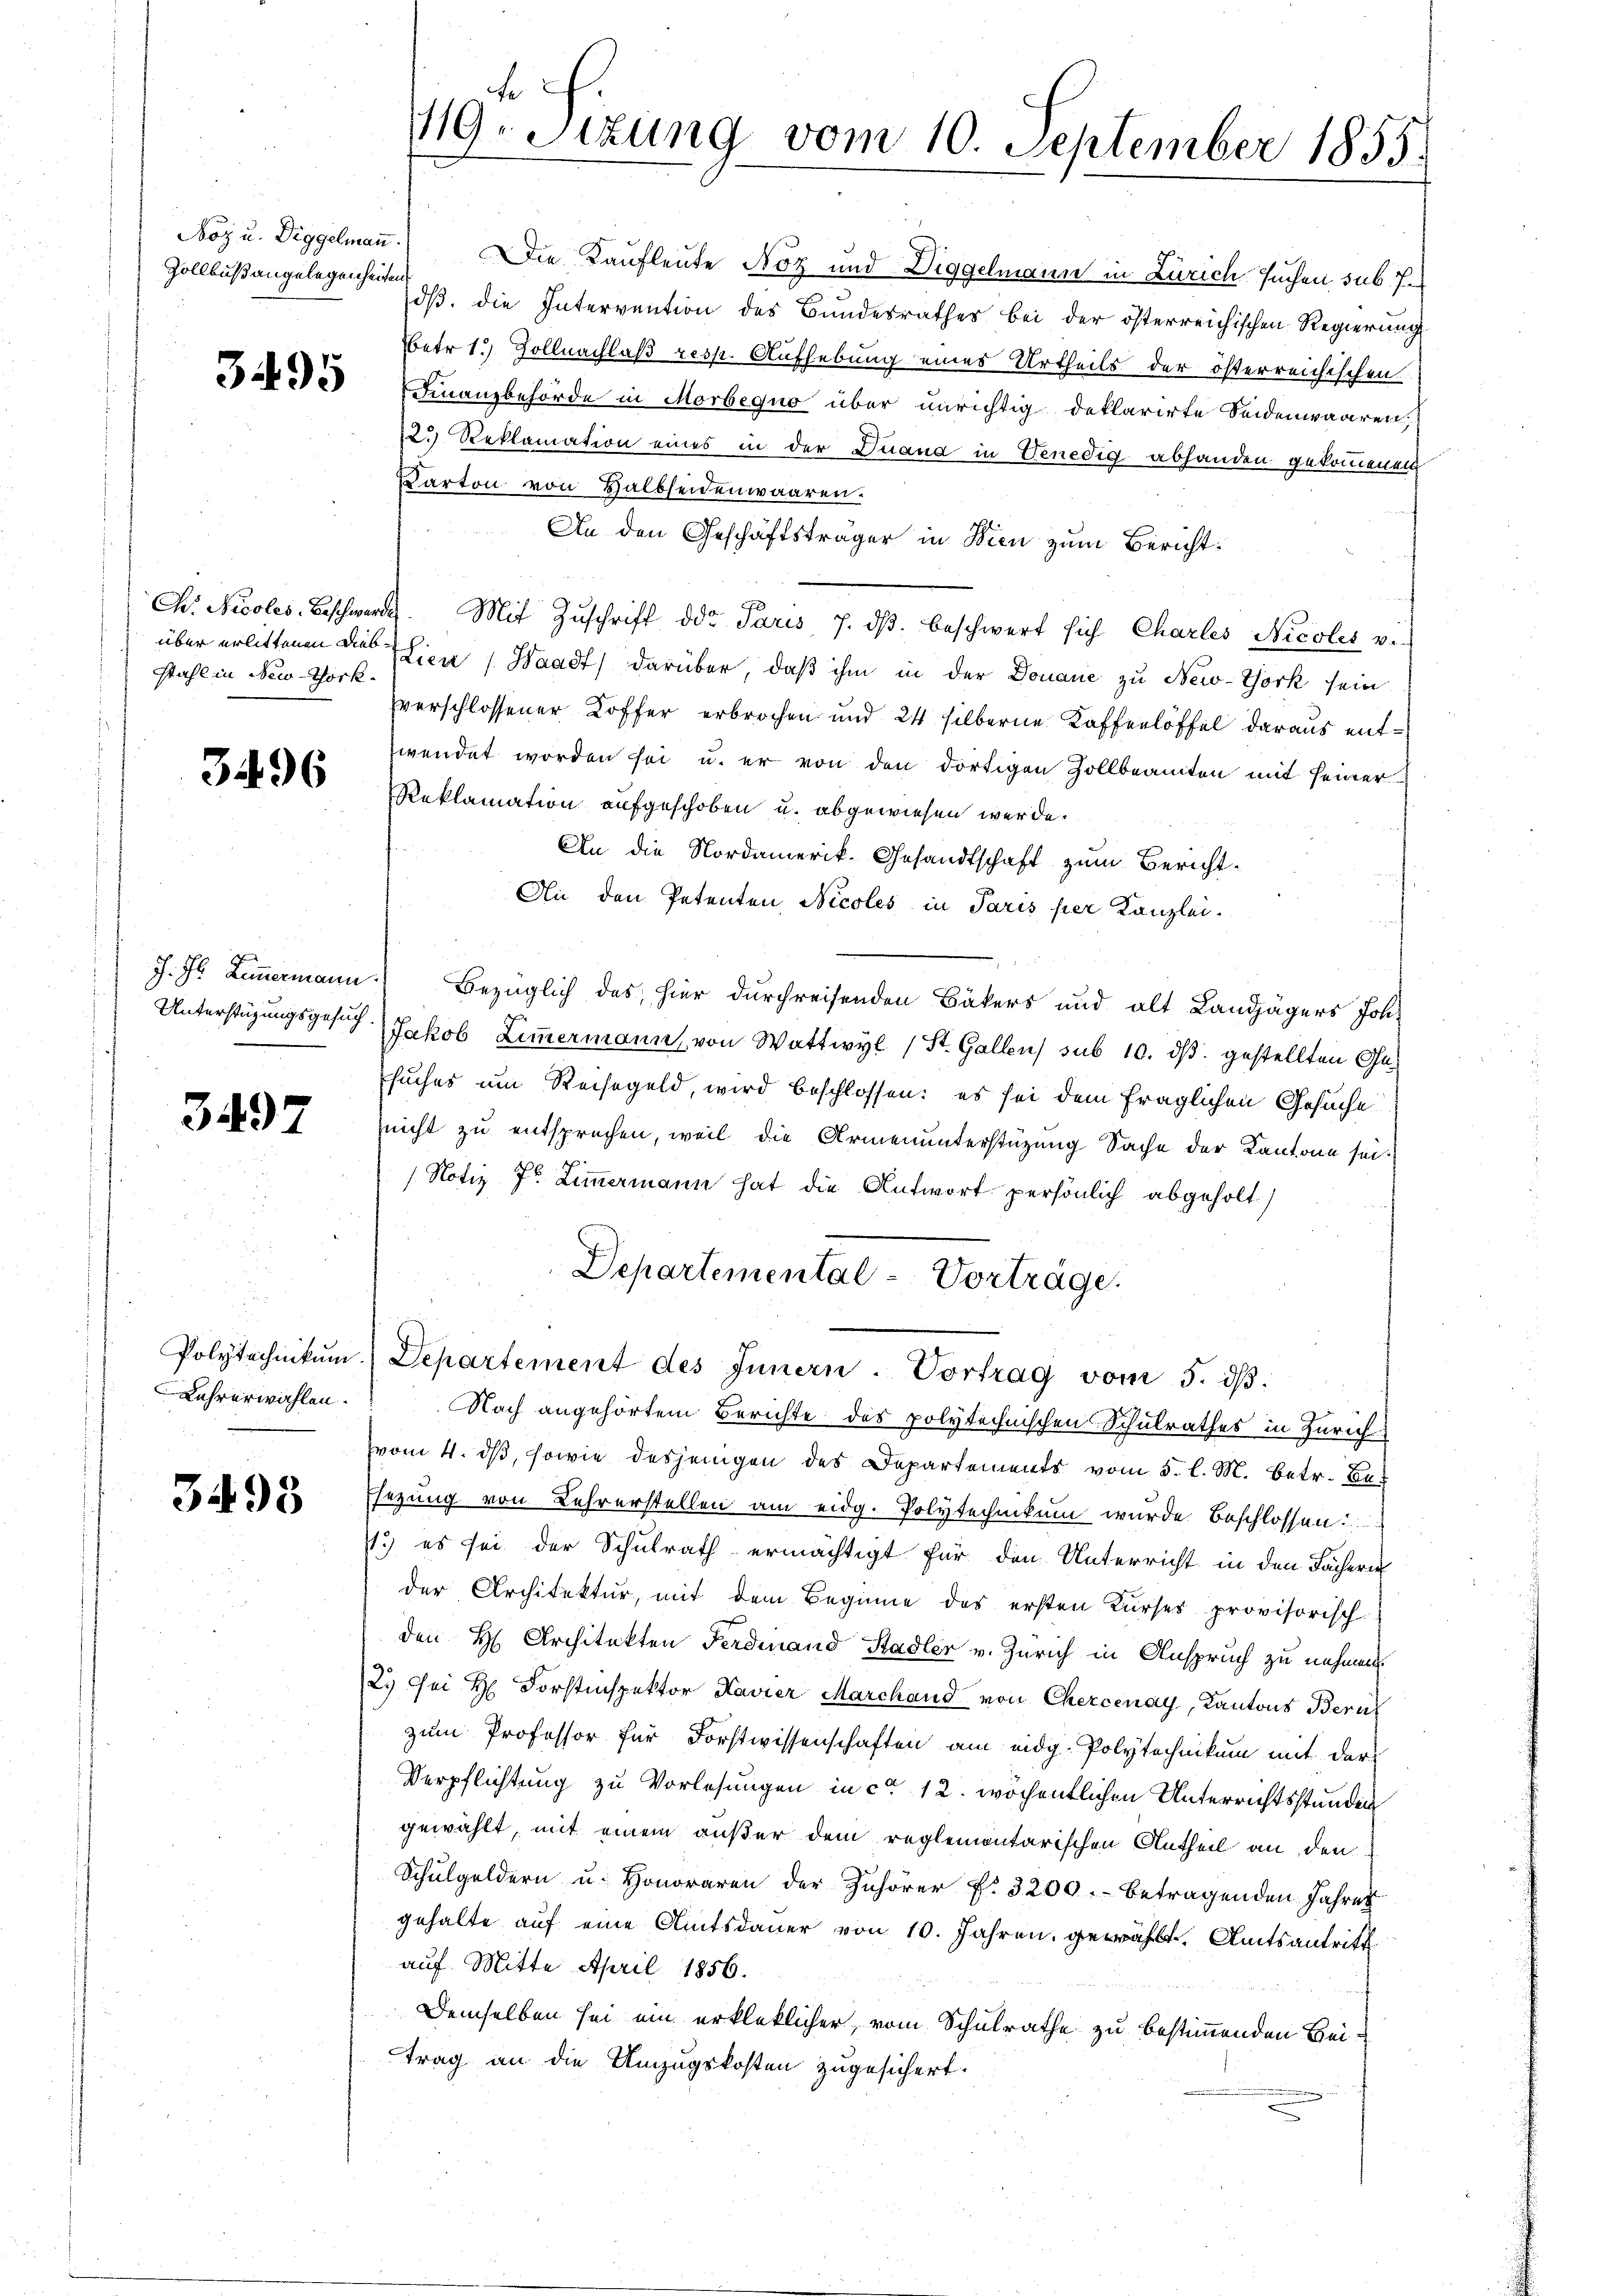
Zollbuß angelegenheiten.

3495

über erlittenen Diebstahl in New-York

3496

3497

Lehrerwählen.

3495

19ten Sizung vom 10. September 1855.

Noz u. Diggelmann.) Die Kaufleute Noz und Diggelmann in Zürich suchen sub. J.
dß. die Intervention des Bundesrathes bei der österreichischen Regierung
betr 1.) Sollnachlaß resp. Aufhebung eines Urtheils der österreichischen
Finanzbehörde in Morbequo über unrichtig deklarirte Seidenwaaren,
12. Reklamation eines in der Diana in Venedig abhanden gekommenen
Karton von Halbseidenwaaren.
An den Geschäftsträger in Wien zum Bericht:
Ch. Nicoles-Beschwerde. Mit Zŭschrift der Paris 7. dβ beschwert sich Charles Nicoles vi-
LLien (Waadt) darüber, daß ihm in der Donaue zu New-York sein
verschlossener Koffer erbrochen und 24 silberne Kaffeelöffel daraus entwendet worden sei u. er von den dortigen Zollbeamten mit seiner
Reklamation aufgeschoben u. abgewiesen werde.
An die Nordamerik- Gesandtschaft zum Bericht-
An den Petenten Nicoles in Paris per Kanzlei.
J. J. Lemmermann. Bezüglich des hier durchreisenden Bäkers und alt Landjägers Joh.
Unterstüzungsgesuch Jakob Zimmermann von Wattwyl (St. Gallen sub 10. ds. gestellten Gesuches um Reisegeld, wird beschlossen: es sei dem fraglichen Gesuche
nicht zu entsprechen, weil die Armenunterstützung Sache der Kantone sei.
(Notiz 7r Zimmermann hat die Antwort persönlich abgeholt
Departemental-Vorträge.
Polytechnikum. Departement des Innern. Vortrag vom 5. dβ.
Nach angehörtem Berichte des polytechnischen Schulrathes in Zürich
vom 4. ds, sowie desjenigen des Departements vom 5. l. M. betr. Be¬
Esezung von Lehrerstellen am eidg. Polytechnikum wurde beschlossen:
1.) es sei der Schulrath ermächtigt für den Unterricht in den Fächern
der Architektur, mit dem Beginne des ersten Kurses provisorisch-
den H. Architekten Ferdinand Stadler v. Zürich in Anspruch zu nehmen.
12. Sei H. Forstinspektor Kavier Marchand von Chercenay, Kantons Bern
zum Professor für Forstwissenschaften am eidg. Polytechnikum mit der
Verpflichtung zu Vorlesungen in ca 12. wöchentlichen Unterrichtsstunden
gewählt, mit einem außer dem reglemontarischen Antheil an den
Schŭlgeldern u. Honoraren der Zuhörer f. 3200.- betragenden Jahres
gehalte auf eine Amtsdauer von 10. Jahren gewählt. Amtsantritt
auf Mitte April 1856.
Demselben sei ein erkleklicher, vom Schulrathe zu bestimmenden Beitrag an die Umzugskosten zugesichert.